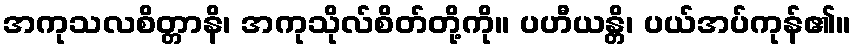
အကုသလစိတ္တာနိ၊ အကုသိုလ်စိတ်တို့ကို။ ပဟီယန္တိ၊ ပယ်အပ်ကုန်၏။